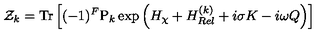
{ \cal Z } _ { k } = \mathrm { T r } \left[ ( - 1 ) ^ { F } \mathrm { P } _ { k } \exp \left( H _ { \chi } + H _ { R e l } ^ { ( k ) } + i \sigma K - i \omega Q \right) \right]